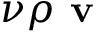
\nu \rho \textbf { v }